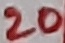
Text: 20